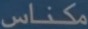
مكناس